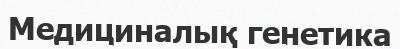
Медициналық генетика